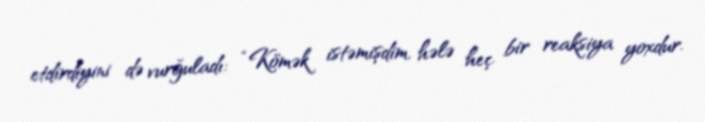
etdirdiyini də vurğuladı: “Kömək istəmişdim, hələ heç bir reaksiya yoxdur.